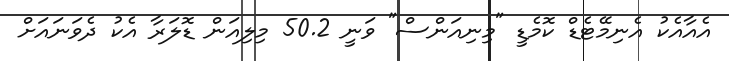
އެއާއެކު އެނިމޭޓެޑް ކޮމެޑީ "މިނިއަންސް" ވަނީ 50.2 މިލިއަން ޑޮލަރާ އެކު ދެވަނައަށް